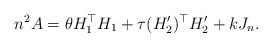
LaTeX: \begin{align*}n^2A=\theta H_1^\top H_1+\tau (H_2')^\top H_2'+k J_n.\end{align*}